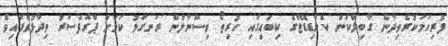
ފުރިހަމަކުރެވިދާނެ ގާބިލްކަން ކެންޑިޑޭޓްގެ ކިބައިގައި ހުރިތޯ ވިސްނާލުން ރަނގަޅު ކަމަށް ޕްރޮފެސަރު ވިދާޅުވެފައިވެ